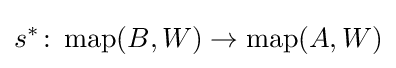
s^{*}\colon \operatorname {map} (B,W)\to \operatorname {map} (A,W)